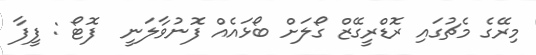
މިރޭގެ މެޗުގައި ރޮޑްރީގޭޒް ގޯލަށް ބޯޅައެއް ފޮނުވާލަނީ  ފޮޓޯ : ފީފާ